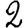
Digit: 2